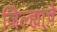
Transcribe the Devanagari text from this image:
जिल्ह्या्चे